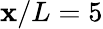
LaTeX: \mathbf{x}/L=5